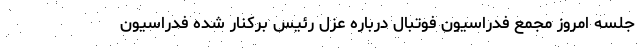
جلسه امروز مجمع فدراسیون فوتبال درباره عزل رئیس برکنار شده فدراسیون